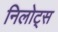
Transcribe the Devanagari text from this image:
निलोट्स